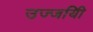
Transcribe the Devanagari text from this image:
उज्जयिी